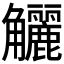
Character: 𧥖